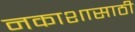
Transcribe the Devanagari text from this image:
नकाशासाठी